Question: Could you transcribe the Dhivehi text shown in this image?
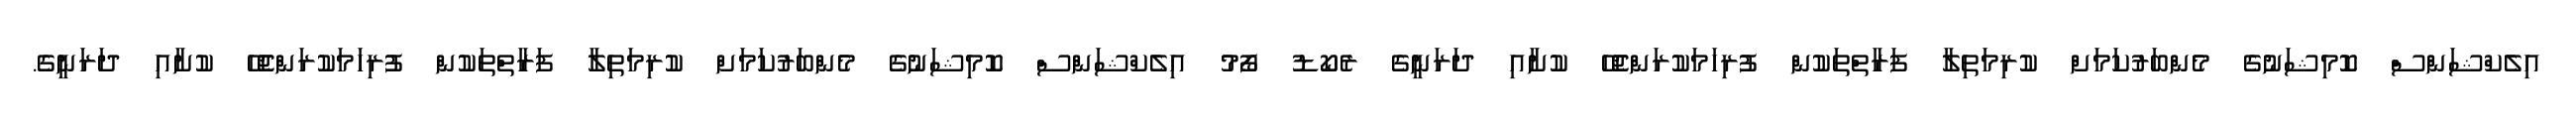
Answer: އިލެކްޝަންސް ކޮމިޝަނުގެ މެންބަރުކަމަށް ކުރިމަތިލާ ފަރާތްތަކުން ފުރިހަމަކުރަންޖެހޭ ކުށާއި ދަރަނީގެ ރެކޯޑު ފޯމު އިލެކްޝަންސް ކޮމިޝަނުގެ މެންބަރުކަމަށް ކުރިމަތިލާ ފަރާތްތަކުން ފުރިހަމަކުރަންޖެހޭ ކުށާއި ދަރަނީގެ.